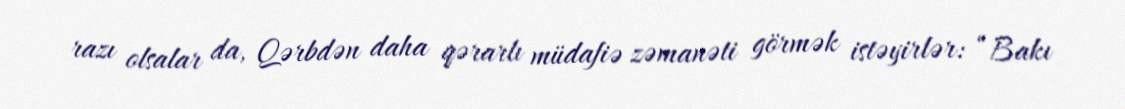
razı olsalar da, Qərbdən daha qərarlı müdafiə zəmanəti görmək istəyirlər: “Bakı